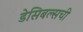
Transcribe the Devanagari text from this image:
डेसिबल्सची